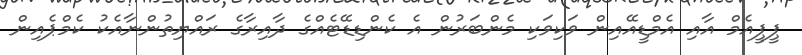
ޕީޕީއެމް އާއި އެމްޑީއޭއިން ވަކިވަކި މެންބަރުން އެ ކެންޑިޑޭޓެއްގެ ދާއިރާގެ ރައްޔިތުންނާއެކު ކެމްޕެއިން